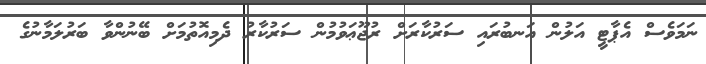
ނަމަވެސް އެޕާޓީ އަލުން އަނބުރައި ސަރުކާރަށް ރުޖޫޢަވުމުން ސަރުކާރު ދެމިއޮތުމަށް ބޭނުންވާ ބަރުލަމާނުގެ